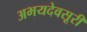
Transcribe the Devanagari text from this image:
अभयदेवसूरी